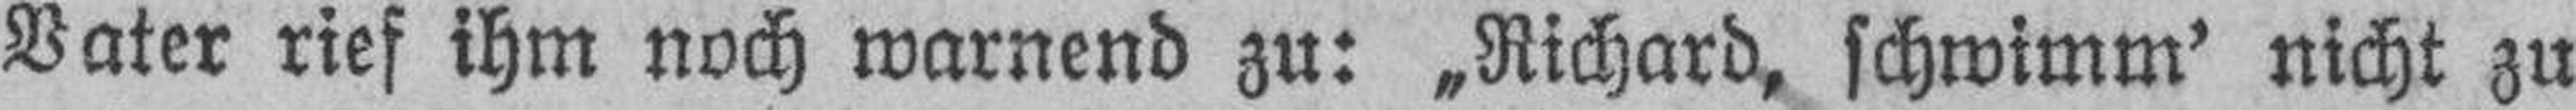
Vater rief ihm noch warnend zu: „Richard, schwimm' nicht zu